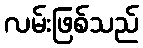
လမ်းဖြစ်သည်